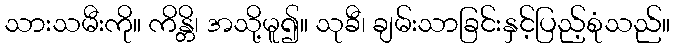
သားသမီးကို။ ကိန္တိ၊ အသို့မူ၍။ သုခီ၊ ချမ်းသာခြင်းနှင့်ပြည့်စုံသည်။